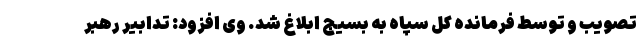
تصویب و توسط فرمانده کل سپاه به بسیج ابلاغ شد. وی افزود: تدابیر رهبر